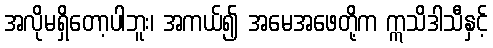
အလိုမရှိတော့ပါဘူး၊ အကယ်၍ အမေအဖေတို့က ဣသိဒါသီနှင့်